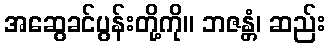
အဆွေခင်ပွန်းတို့ကို။ ဘဇန္တံ၊ ဆည်း